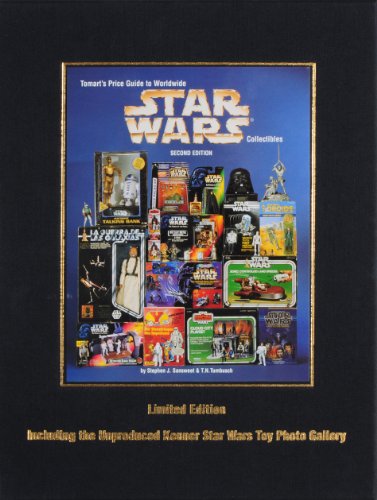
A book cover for Tomart's Price Guide to Star Wars Collectibles; Steven Sansweet; Crafts, Hobbies & Home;